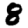
Digit: 8